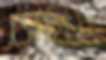
সেমিহ